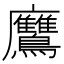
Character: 𪈲